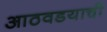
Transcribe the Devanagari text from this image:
आठवडयाची